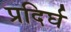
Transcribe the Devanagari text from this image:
प्रदिर्घ